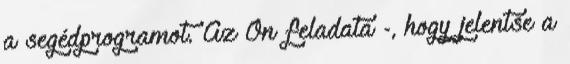
a segédprogramot. Az Ön feladata -, hogy jelentse a